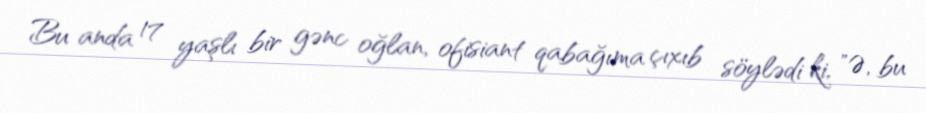
Bu anda 17 yaşlı bir gənc oğlan, ofisiant qabağıma çıxıb söylədi ki, "Ə, bu